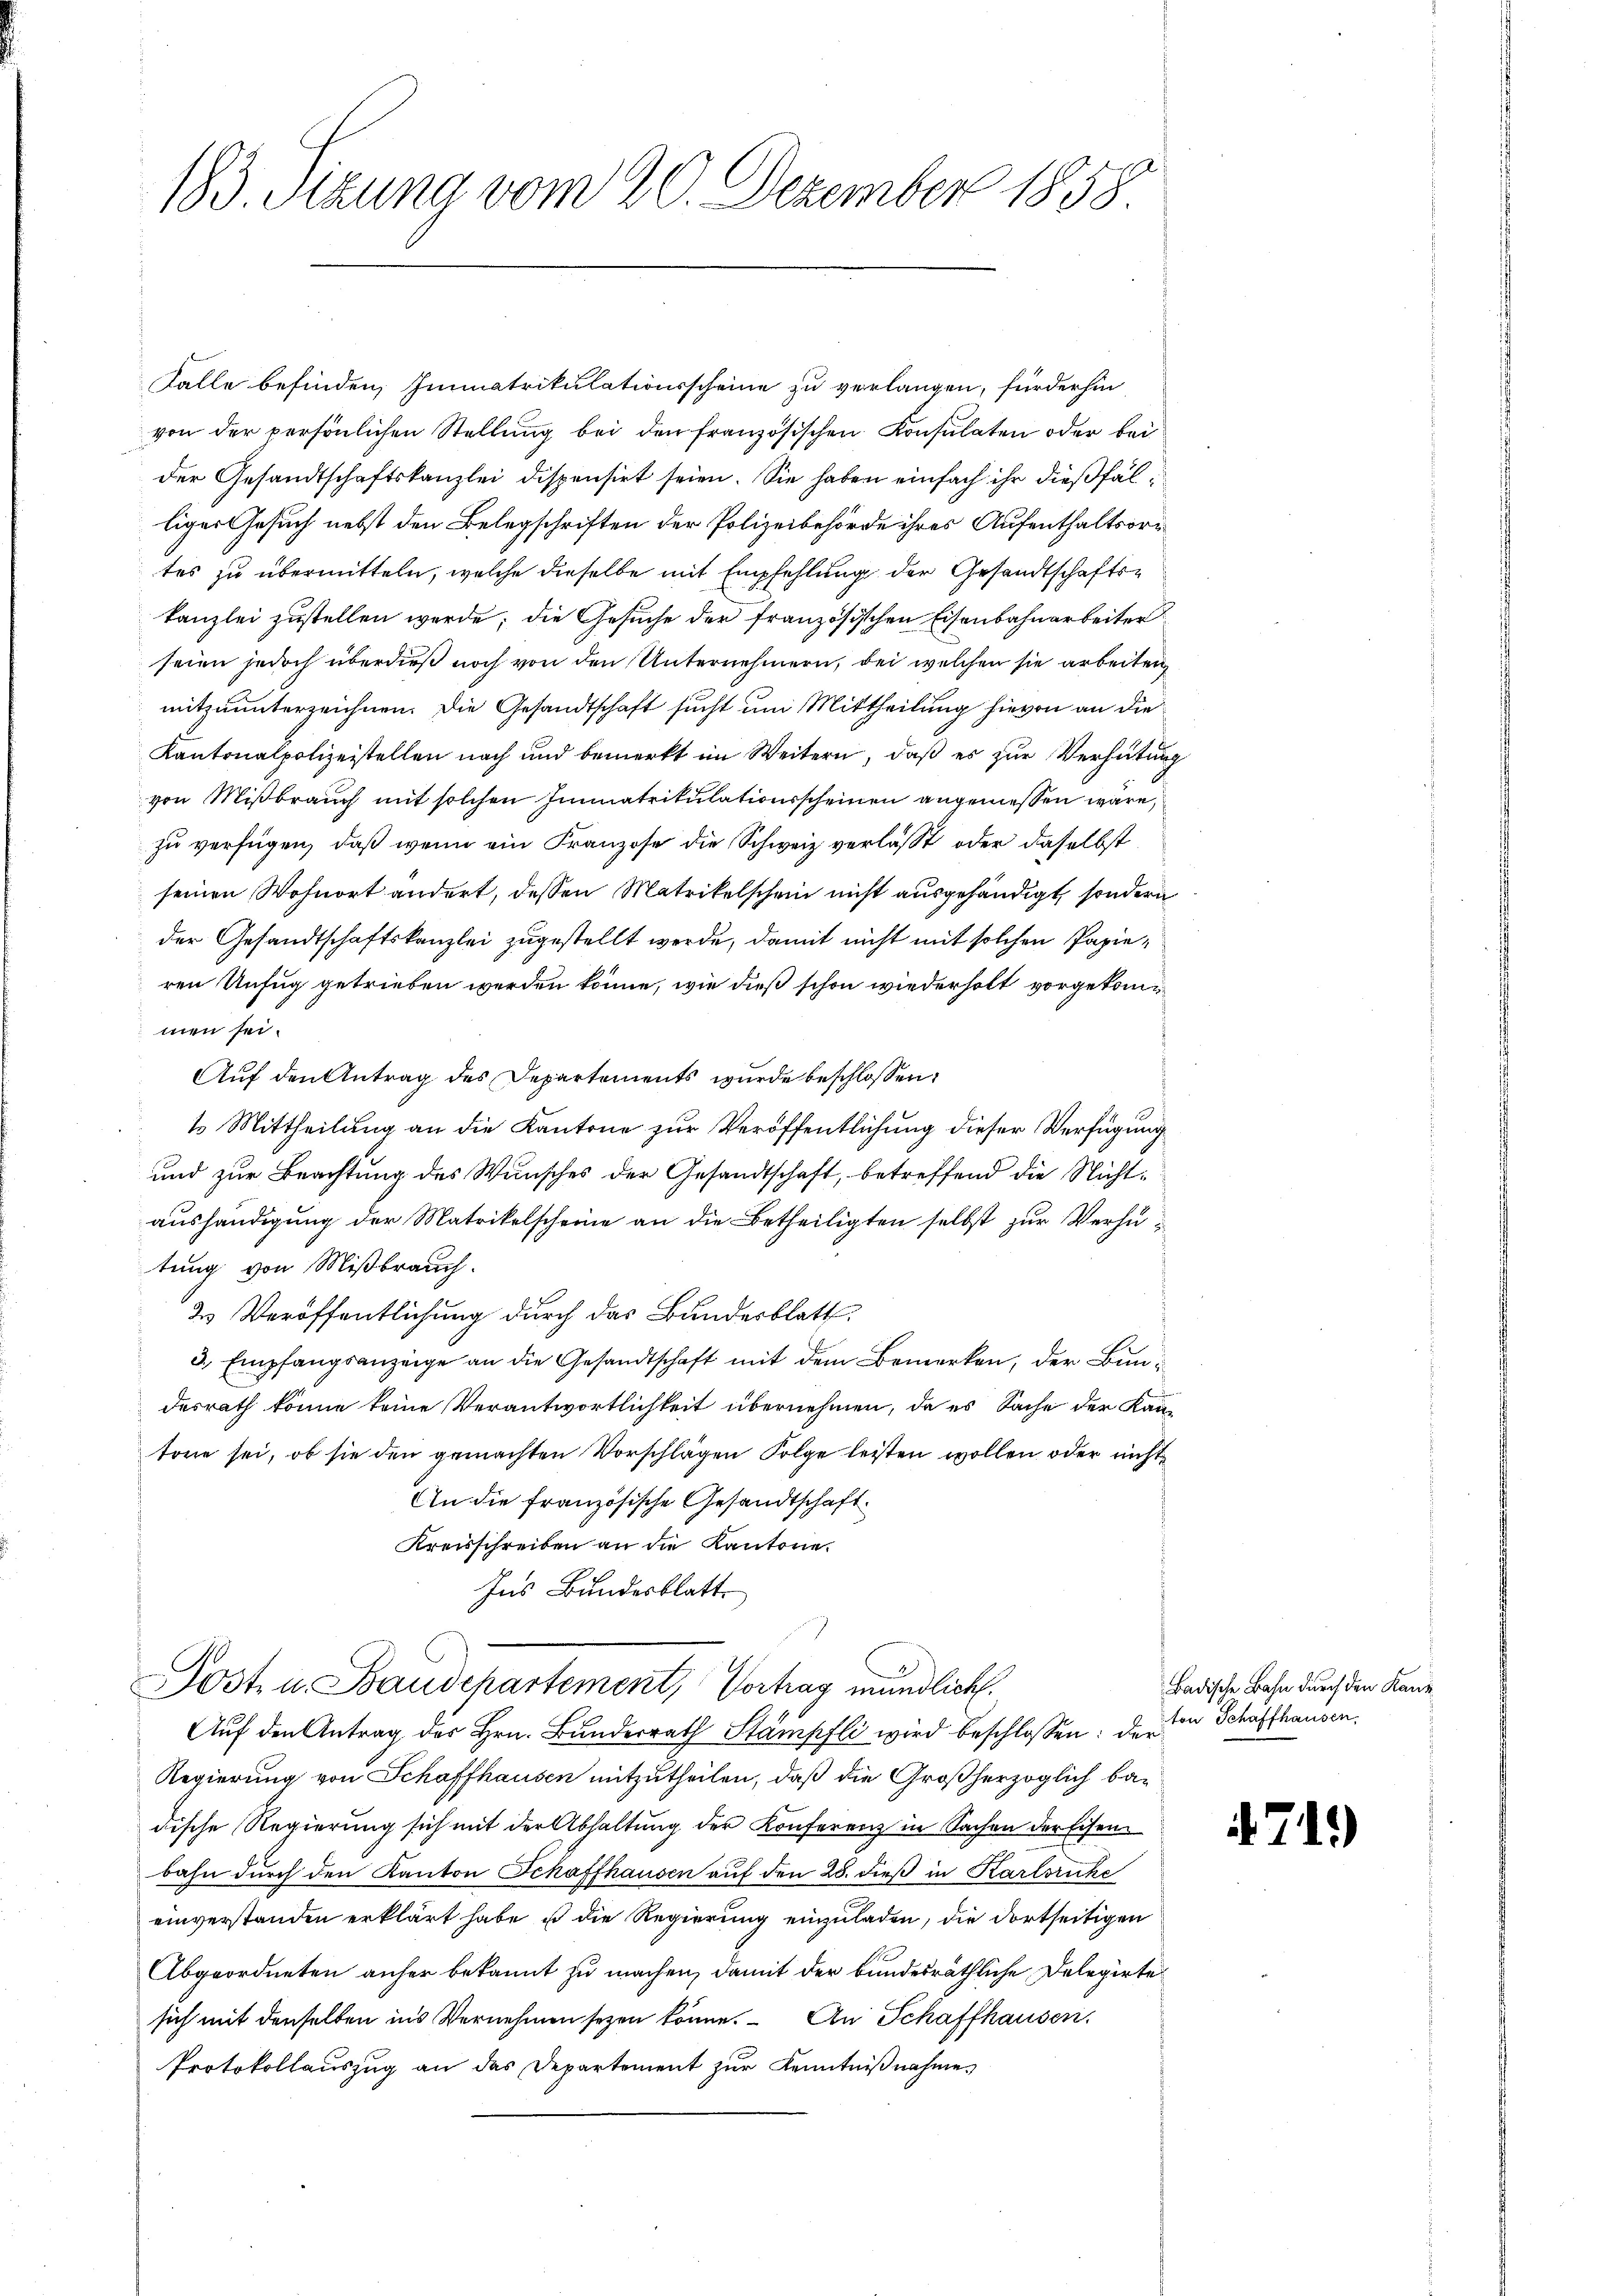
183. Sizung vom 20. Dezember 1858

Falle befinden, Immatrikulationsscheine zu verlangen, fürderhin
von der persönlichen Stellung bei den französischen Konsulaten oder bei
der Gesandtschaftskanzlei dispensirt seien. Sie haben einfach ihr dießfälliger Gesuch nebst den Belegschriften der Polizeibehörde ihres Aufenthaltsortes zu übermitteln, welche dieselbe mit Empfehlung der Gesandtschaftskanzlei zustellen werde; die Gesuche der französischen Eisenbahnarbeiter
seien jedoch überdieß noch von den Unternehmern, bei welchen sie arbeiten
mitzuunterzeichnen. Die Gesandtschaft sucht um Mittheilung hievon an die
Kantonalpolizeistellen nach und bemerkt im Weitern, daß es zur Verhütung
von Mißbrauch mit solchen Immatrikulationsscheinen angemessen wäre,
zu verfügen, daß wenn ein Franzose die Schweiz verlässt oder daselbst
seinen Wohnort ändert, dessen Matrikelschein nicht ausgehändigt, sondern
der Gesandtschaftskanzlei zugestellt werde, damit nicht mit solchen Papieren Unfug getrieben werden könne, wie dieß schon wiederholt vorgekommen sei.
Auf den Antrag des Departements wurde beschlossen:
1 Mittheilung an die Kantone zur Veröffentlichung dieser Verfügung
und zur Beachtung des Wunsches der Gesandtschaft, betreffend die Nichtaushändigung der Matrikelscheine an die Betheiligten selbst zur Verhütung von Mißbrauch.
2 Veröffentlichung durch das Bundesblatt.
3. Empfangsanzeige an die Gesandtschaft mit dem Bemerken, der Bundesrath könne keine Verantwortlichkeit übernehmen, da es Sache der Kantone sei, ob sie den gemachten Vorschlägen Folge leisten wollen oder nicht
An die französische Gesandtschaft
Kreisschreiben an die Kantone.
Ins Bundesblatt.
Post u. Bandchartement, Vortrag mündlich.
Aŭf den Antrag des Hrn. Bunderrath Stämpfli wird beschlossen: der von Schaffhausen,
Regierung von Schaffhausen mitzutheilen, daß die Großherzoglich badische Regierung sich mit der Abhaltung der Konferenz in Sachen der Eisenbahn dŭrch den Kanton Schaffhausen aŭf den 28. dieß in Karlsruhe
einverstanden erklärt habe, ist die Regierung einzuladen, die dortseitigen
Abgeordneten anher bekannt zu machen, damit der bundesräthliche Delegirte
sich mit denselben ins Vernehmen seyen könne. An Schaffhausen.
Protokollauszug an das Departement zur Kenntniβnahme,

Badische Bahn durch den Kanz

4711)